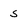
Character: s